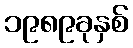
၁၉၈၉ခုနှစ်